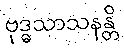
ဗုဒ္ဓသာသနန္တိ